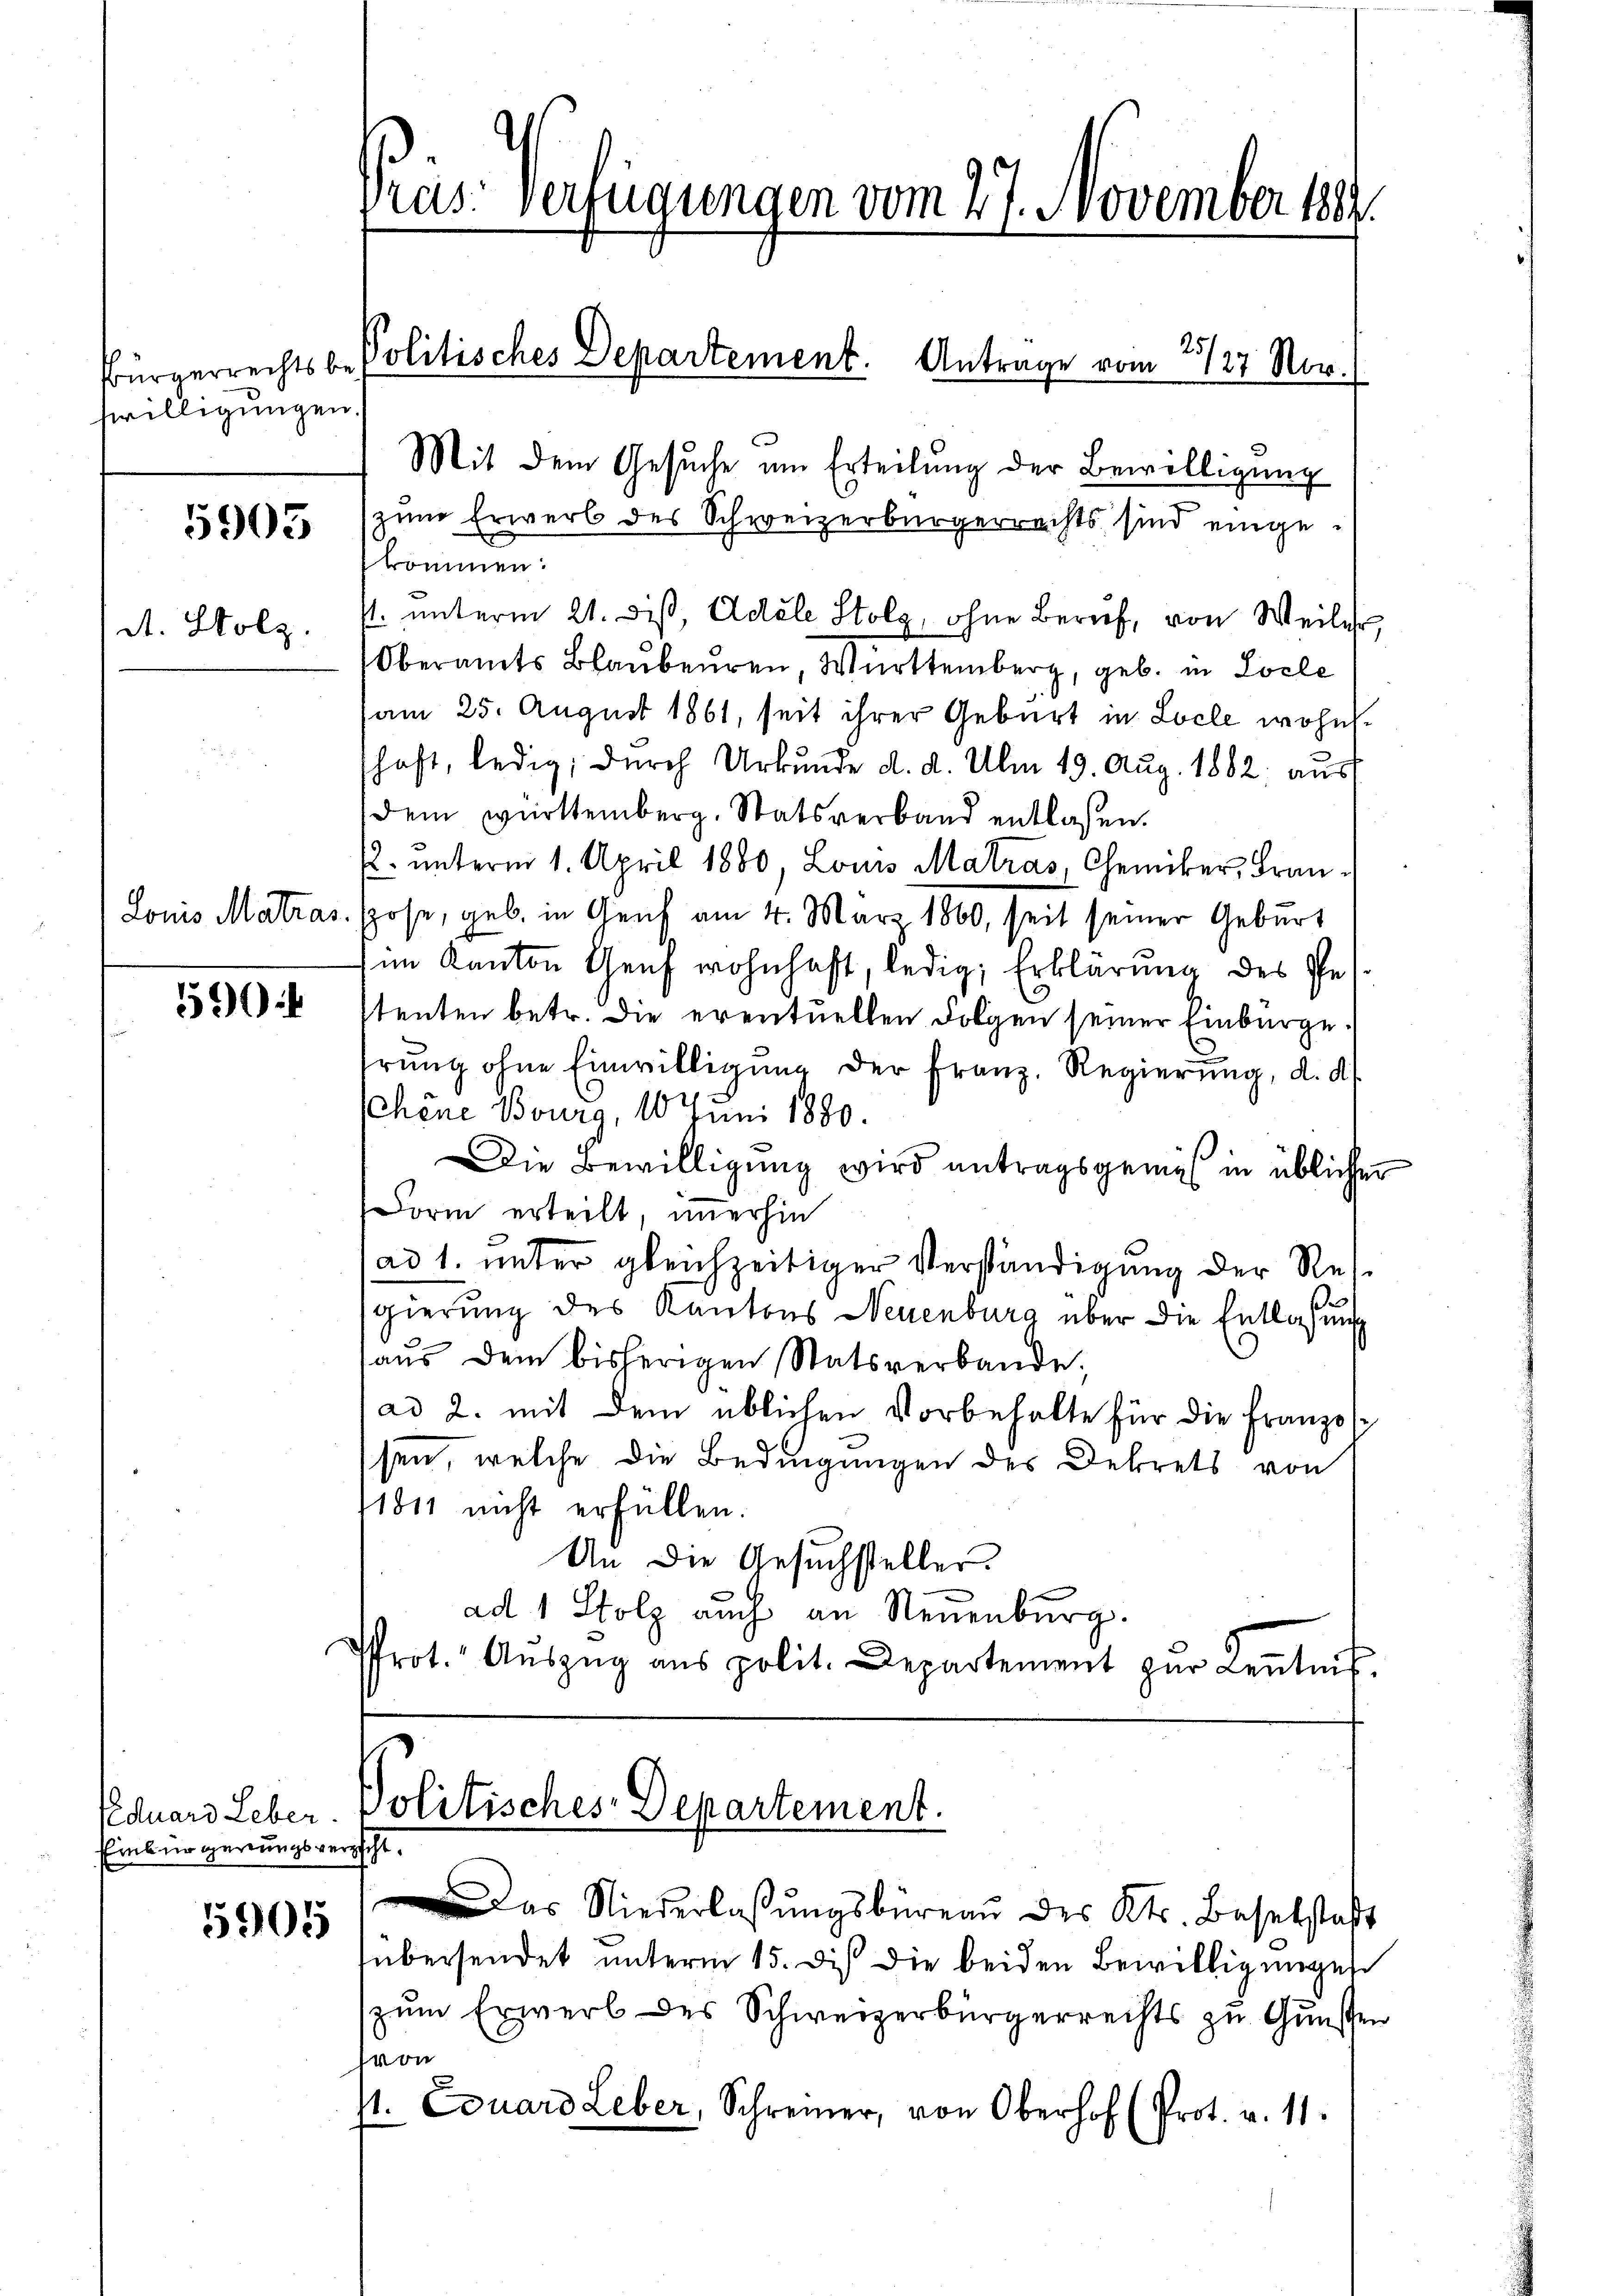
swilligungen.

5903

d. Holz.

Louis Matras

59

Eduard Leber
Einbürgerungsverscht.

5905

Pras. verfügungen vom 27. November 1889.

Mit dem Gesuche um Erteilung der Bewilligung
zum Erwerb des Schweizerbürgerrechts sind eingebkommen:
Oberamts Blaubeuren, Württemberg, geb. in Locle
am 25. August 1861, seit ihrer Geburt in Locle wohnhaft, ledig, durch Urkunde d. d. Ulm 19. Aug. 1882 ausf
dem württemberg. Statsverband entlassen.
k. unterm 1. April 1880, Louis Matras, Chemiker, Franhose, geb. in Genf am 4. März 1860, seit seiner Geburt
im Kanton Genf wohnhaft, ledig, Erklärung des Pestenten betr. die eventuellen Folgen seiner Einburge.
hrung ohne Einwilligung der Franz. Regierung, d. d.
chöne Bourg, 10 Juni 1880.
Die Bewilligung wird antragsgemes in üblichen
Dorm erteilt, immerhin
ad 1. unter gleichzeitiger Verständigung der Resgierung des Kantons Neuenburg über die Entlaßung
aŭs dem bisherigen Statsverbande
ad 2. mit dem üblichen Vorbehalte für die Franzos
ssen, welche die Bedingungen des Dekrets von
11811 nicht erfüllen.
An die Gesuchsteller.
ad 1 Stolz auch an Neuenburg.
Pfrot. Aŭszŭg ans polit. Departement zŭr Kenntnis.

Bürgerrechtsbe Politisches Departement. Antrage vom 23/27 Nov.

s. unterm 21. dis, Adele Stolz, ohne Beruf, von Weiler

Politisches Departement.

Das Niederlassŭngsbüreaŭ des Kts. Baselstaft
übersendet unterm 15. dis die beiden Bewilligungen
zum Erwerb des Schweizerbürgerrechts zu Gunsten
hvon
7. Eduard Leber, Schreiner, von Oberhof (Prot. v. 11.